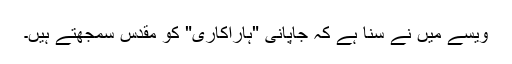
ویسے میں نے سُنا ہے کہ جاپانی "ہاراکاری" کو مقدس سمجھتے ہیں۔